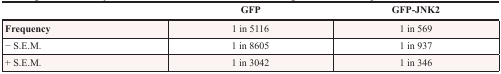
|  | GFP | GFP-JNK2 |
 | --- | --- | --- |
 | Frequency | 1 in 5116 | 1 in 569 |
 | − S.E.M. | 1 in 8605 | 1 in 937 |
 | + S.E.M. | 1 in 3042 | 1 in 346 |